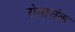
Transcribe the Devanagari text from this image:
रोमाचंक